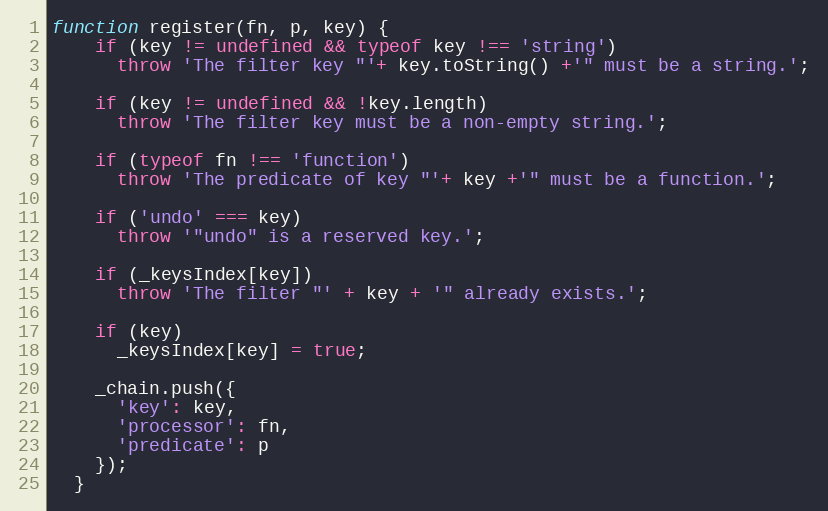
Language: JavaScript
function register(fn, p, key) {
    if (key != undefined && typeof key !== 'string')
      throw 'The filter key "'+ key.toString() +'" must be a string.';

    if (key != undefined && !key.length)
      throw 'The filter key must be a non-empty string.';

    if (typeof fn !== 'function')
      throw 'The predicate of key "'+ key +'" must be a function.';

    if ('undo' === key)
      throw '"undo" is a reserved key.';

    if (_keysIndex[key])
      throw 'The filter "' + key + '" already exists.';

    if (key)
      _keysIndex[key] = true;

    _chain.push({
      'key': key,
      'processor': fn,
      'predicate': p
    });
  }